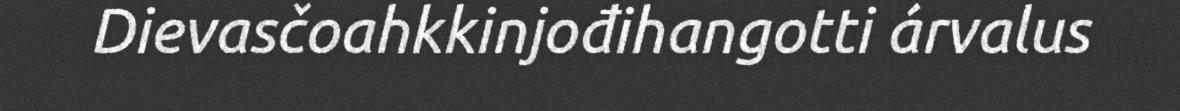
Dievasčoahkkinjođihangotti árvalus